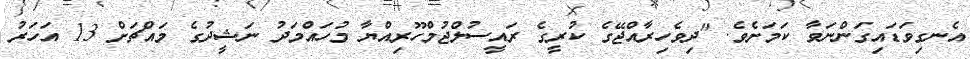
އެނގިވަޑައިގަންނަވާ ކަމަށެވެ. "ދިވެހިރާއްޖޭގެ ކުރީގެ ރައީސުލްޖުމްހޫރިއްޔާ މުހައްމަދު ނަޝީދުގެ މައްޗަށް 13 އަހަރު